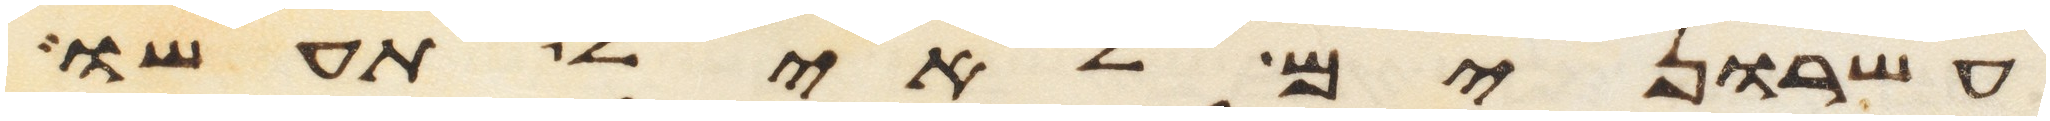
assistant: עשרנים לאיל תעשו